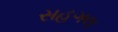
સહગલ